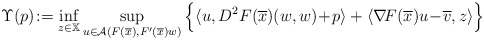
\begin{align*} \Upsilon(p)\!:=\inf_{z\in\mathbb{X}} \sup_{u\in\mathcal{A}(F(\overline{x}),F'(\overline{x})w)}\Big\{\langle u,D^2F(\overline{x})(w,w)\!+\!p\rangle+\langle\nabla\! F(\overline{x})u\!-\!\overline{v},z\rangle\Big\} \end{align*}